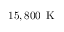
1 5 , 8 0 0 \, \mathrm { ~ K ~ }